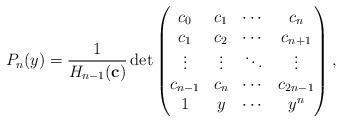
LaTeX: \begin{align*}P_{n}(y)=\frac{1}{H_{n-1}({\bf c})}\det\begin{pmatrix}c_{0} & c_{1} & \cdots & c_{n}\\c_{1} & c_{2} & \cdots & c_{n+1}\\\vdots & \vdots & \ddots & \vdots\\c_{n-1} & c_{n} & \cdots & c_{2n-1}\\1 & y & \cdots & y^{n}\end{pmatrix},\end{align*}